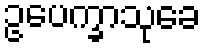
ဥပေက္ခာသုခေ